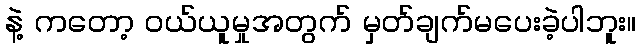
နဲ့ ကတော့ ဝယ်ယူမှုအတွက် မှတ်ချက်မပေးခဲ့ပါဘူး။